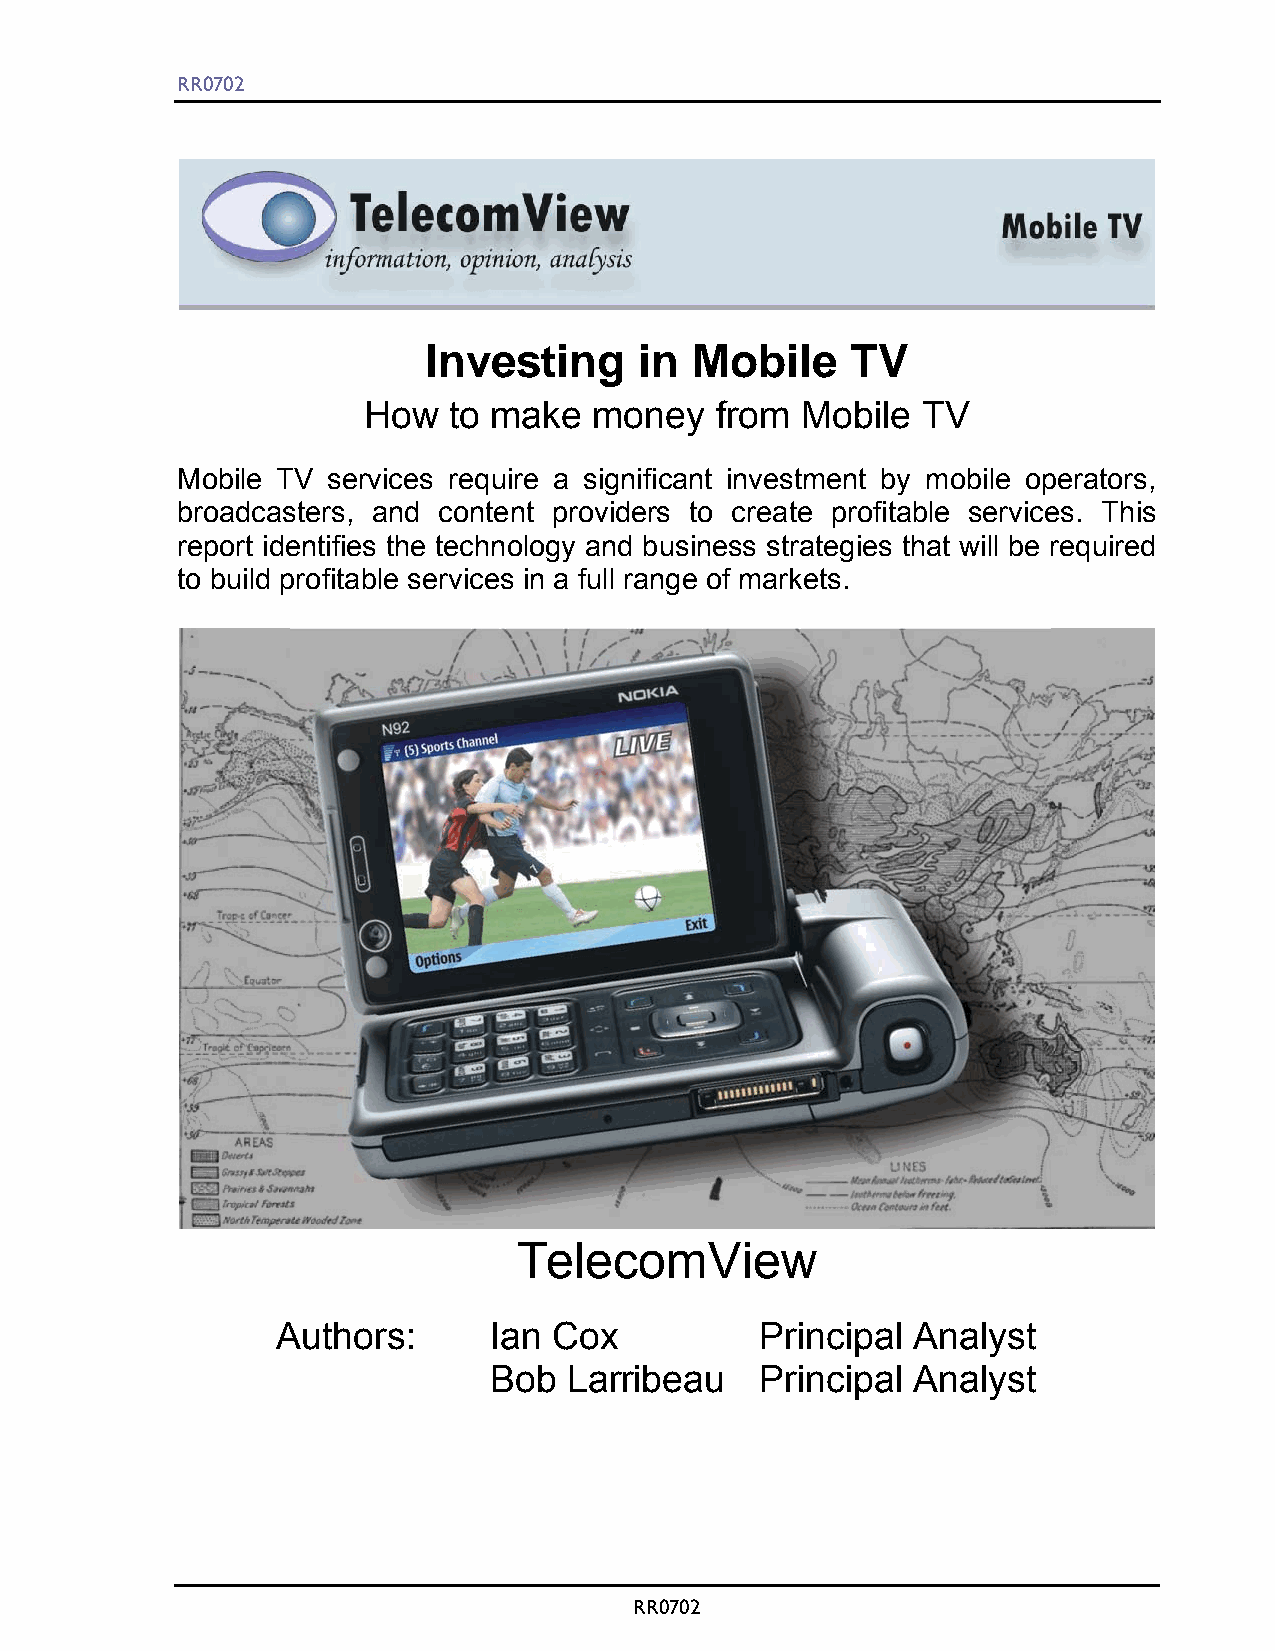
RR0702
 Investing     in  Mobile    TV
 How   to make  money   from  Mobile  TV
 Mobile TV services require a significant investment by mobile operators,
 broadcasters, and content providers to create profitable services. This
 report identifies the technology and business strategies that will be required
 to build profitable services in a full range of markets.
 TelecomView
 Authors:      Ian  Cox          Principal Analyst
 Bob   Larribeau   Principal Analyst
 RR0702